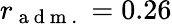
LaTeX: r_{\mathrm{~a~d~m~.~}}=0.26